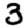
Digit: 3